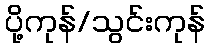
ပို့ကုန်/သွင်းကုန်